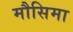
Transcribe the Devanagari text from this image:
मौसिमा